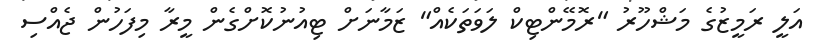
އަލީ ރަމީޒުގެ މަޝްހޫރު "ރޮމޭންޓިކް ލަވަތަކެއް" ޒަމާނަށް ޓިއުނުކޮށްގެން މީރާ މިފަހުން ޖެއްސި